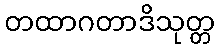
တထာဂတာဒိသုတ္တ